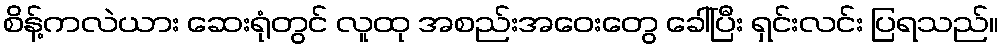
စိန့်ကလဲယား ဆေးရုံတွင် လူထု အစည်းအဝေးတွေ ခေါ်ပြီး ရှင်းလင်း ပြရသည်။